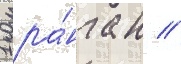
1 ра́нга н //